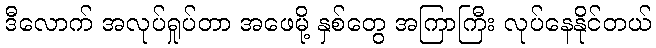
ဒီလောက် အလုပ်ရှုပ်တာ အဖေမို့ နှစ်တွေ အကြာကြီး လုပ်နေနိုင်တယ်